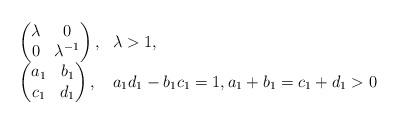
LaTeX: \begin{align*}\begin{array}{ll}\begin{pmatrix}\lambda&0\\0&\lambda^{-1}\end{pmatrix},& \lambda>1,\\\begin{pmatrix}a_1&b_1\\c_1&d_1\end{pmatrix}, &a_1d_1-b_1c_1=1, a_1+b_1=c_1+d_1>0\end{array}\end{align*}